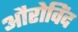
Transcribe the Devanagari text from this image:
औरोविंद